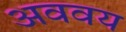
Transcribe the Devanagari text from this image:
अववय